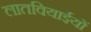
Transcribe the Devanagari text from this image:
लातवियाईयों